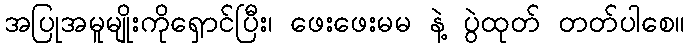
အပြုအမူမျိုးကိုရှောင်ပြီး၊ ဖေးဖေးမမ နဲ့ ပွဲထုတ် တတ်ပါစေ။